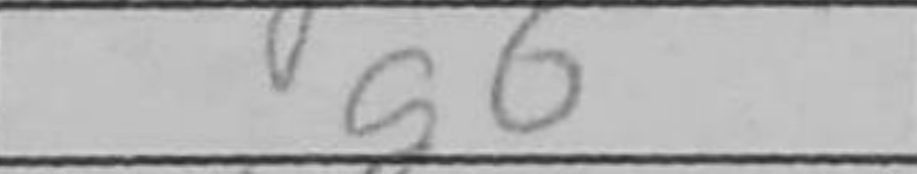
Transcription: g6